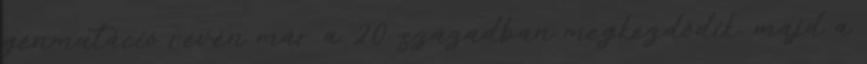
génmutáció révén már a 20. században megkezdődik, majd a